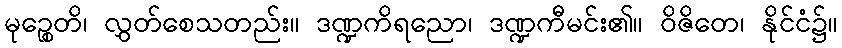
မုဉ္စေတိ၊ လွှတ်စေသတည်း။ ဒဏ္ဍကိရညော၊ ဒဏ္ဍကီမင်း၏။ ဝိဇိတေ၊ နိုင်ငံ၌။